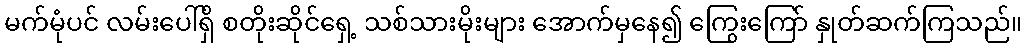
မက်မုံပင် လမ်းပေါ်ရှိ စတိုးဆိုင်ရှေ့ သစ်သားမိုးများ အောက်မှနေ၍ ကြွေးကြော် နှုတ်ဆက်ကြသည်။